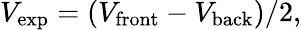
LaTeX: V_{\mathrm{{exp}}}=(V_{\mathrm{{front}}}-V_{\mathrm{{back}}})/2,